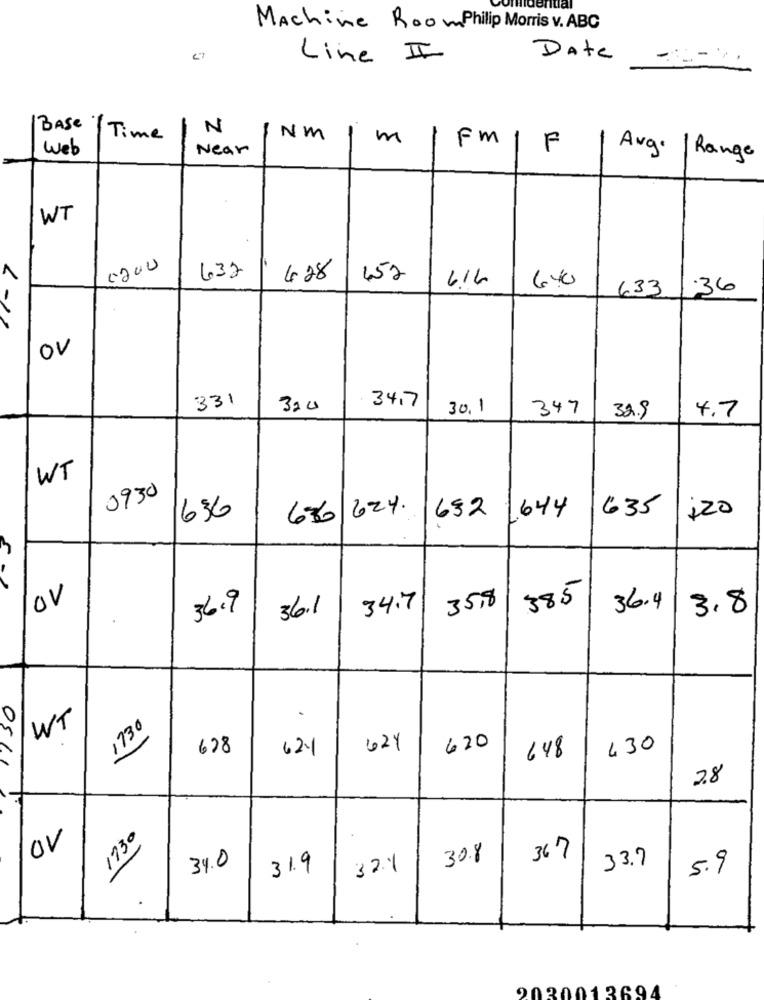
ential
Machine Room Philip Morris v. ABC
Line II
Date
N
BASE / Time
Nm
m
Fm
web
Near
F
Avg. | Range
WT
0200
1
632
4.28
452
6.IL
640
633
.36
OV
331
34,7
320
30.1
347
4.7
32.9
WT
0930
686 624.
120
636
652
1644
635
OV
36.9
36.1
34.7
35,8
385
36.4
3.8
1730
WT
678
621
421
620
430
05/1
648
28
1730
OV
30.8
367
33.7
34.0
31.9
324
5.9
.
2030013694